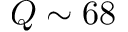
Q \sim 6 8